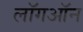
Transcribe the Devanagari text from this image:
लॉगऑन